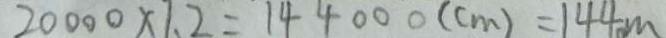
2 0 0 0 0 \times 1 . 2 = 1 4 4 0 0 0 ( c m ) = 1 4 4 m